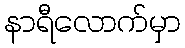
နာရီလောက်မှာ